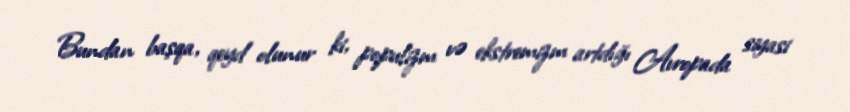
Bundan başqa, qeyd olunur ki, populizm və ekstremizm artdığı Avropada siyasi